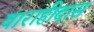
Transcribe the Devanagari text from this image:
वाराहीदास